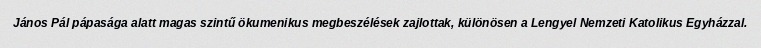
János Pál pápasága alatt magas szintű ökumenikus megbeszélések zajlottak, különösen a Lengyel Nemzeti Katolikus Egyházzal.